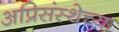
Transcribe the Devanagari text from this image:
अप्रिसंस्थेच्या